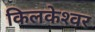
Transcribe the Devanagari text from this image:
किलकेश्‍वर